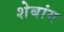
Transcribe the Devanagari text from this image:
शेबांग